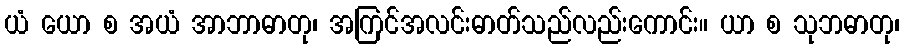
ယံ ယော စ အယံ အာဘာဓာတု၊ အကြင်အလင်းဓာတ်သည်လည်းကောင်း။ ယာ စ သုဘဓာတု၊